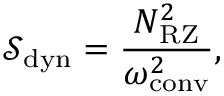
\ensuremath { \mathcal { S } } _ { \mathrm { d y n } } = \frac { N _ { \mathrm { R Z } } ^ { 2 } } { \omega _ { \mathrm { c o n v } } ^ { 2 } } ,